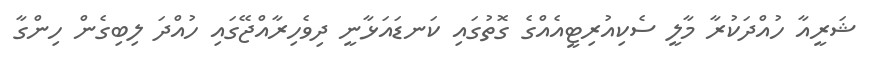
ޝަރީއާ ހުއްދަކުރާ މާލީ ސެކިއުރިޓީއެއްގެ ގޮތުގައި ކަނޑައަޅާނީ ދިވެހިރާއްޖޭގައި ހުއްދަ ލިބިގެން ހިންގާ